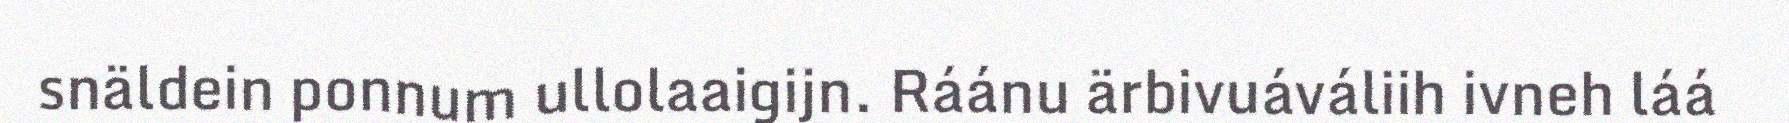
snäldein ponnum ullolaaigijn. Ráánu ärbivuáváliih ivneh láá